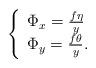
LaTeX: \begin{align*} \left\{ \begin{array}{l} \Phi_x=\frac{f\eta}{y} \\ \Phi_y=\frac{f\theta}{y}. \end{array}\right.\end{align*}